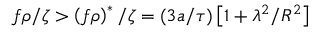
f \rho / \zeta > \left( f \rho \right) ^ { \ast } / \zeta = ( 3 a / \tau ) \left[ 1 + \lambda ^ { 2 } / R ^ { 2 } \right]